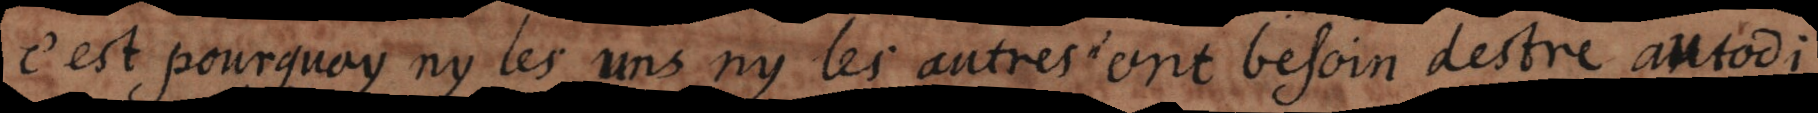
c’est pourquoy ny les uns ny les autres n’ont besoin d’estre autod